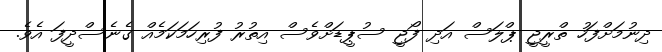
ދިނުމަށްފަހު ތްރީޖީ ޕްލަސް އަދި ފޯޖީ ސުޕީޑަށްވެސް އިތުރު ފުރިހަމަކަމެއް ގެނެސްދީފަ އެވެ.